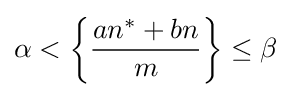
\alpha <{\biggl \{}{\frac {an^{*}+bn}{m}}{\biggr \}}\leq \beta